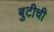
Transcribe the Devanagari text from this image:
बुटीची